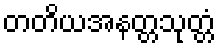
တတိယအနတ္တသုတ္တံ